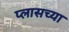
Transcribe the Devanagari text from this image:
प्लासच्या